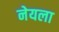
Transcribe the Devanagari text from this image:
नेयला